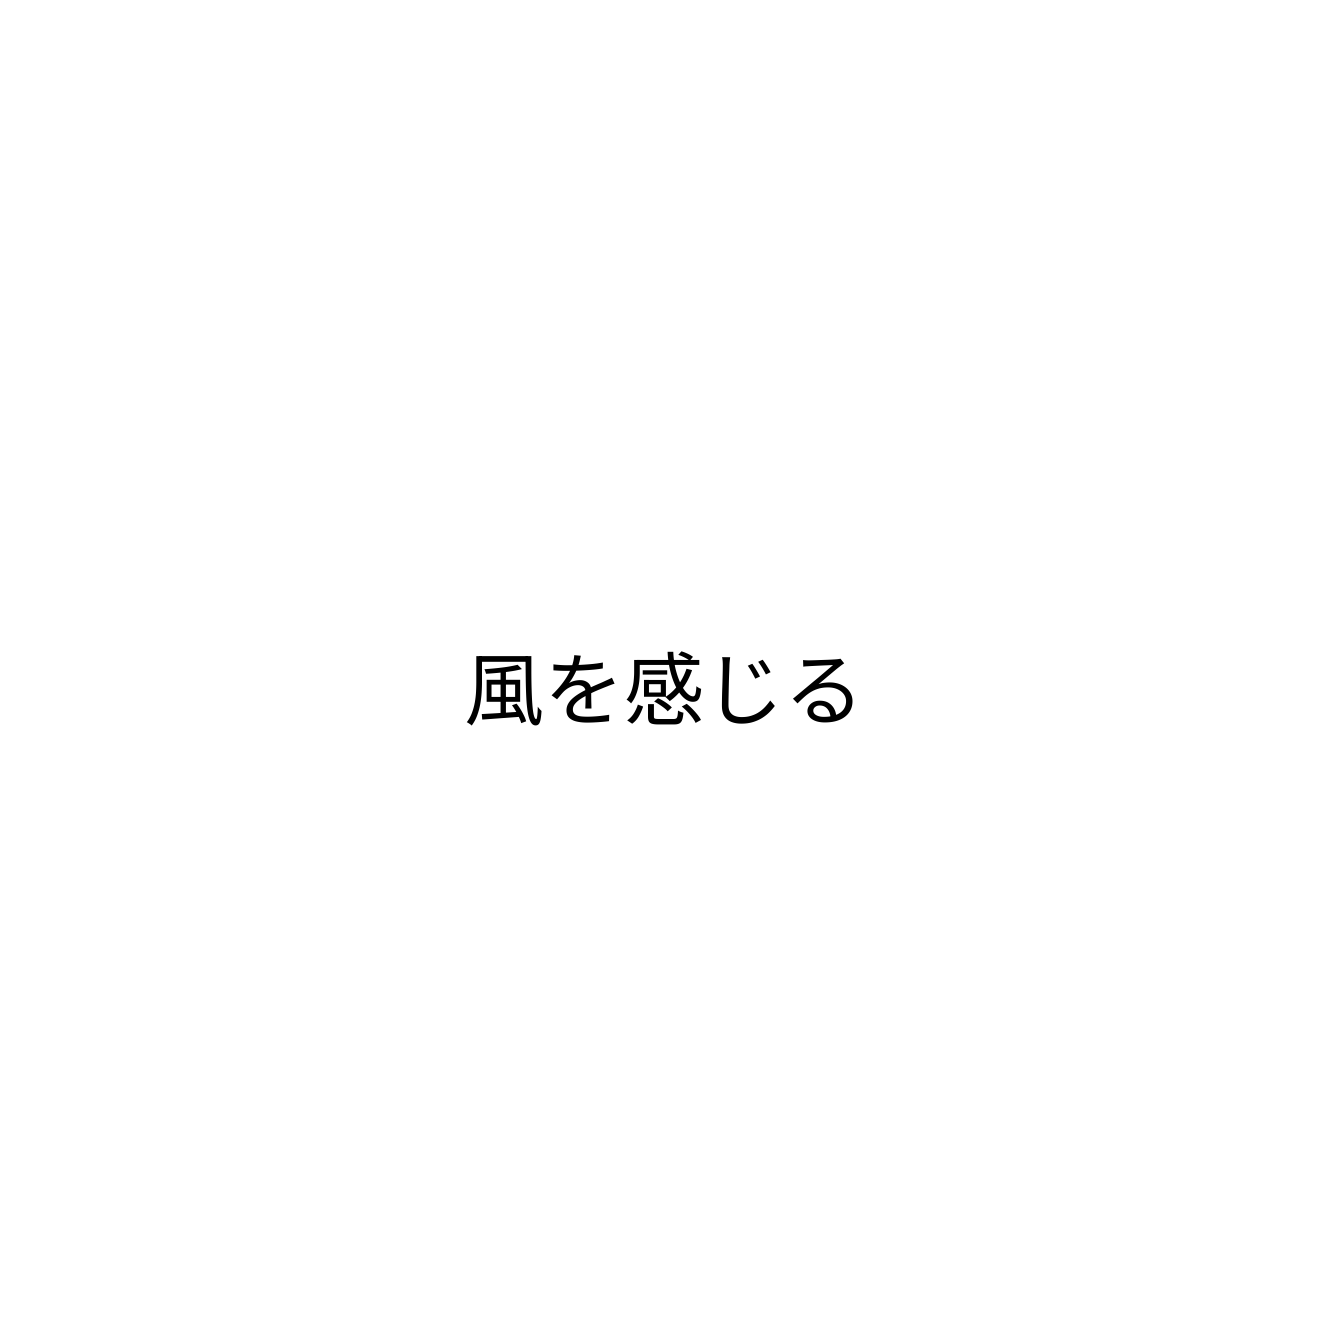
風を感じる